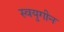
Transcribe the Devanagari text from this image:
स्वयुगीन